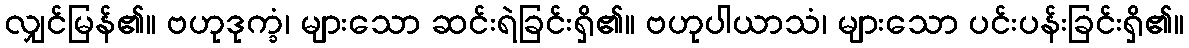
လျှင်မြန်၏။ ဗဟုဒုက္ခံ၊ များသော ဆင်းရဲခြင်းရှိ၏။ ဗဟုပါယာသံ၊ များသော ပင်းပန်းခြင်းရှိ၏။